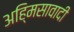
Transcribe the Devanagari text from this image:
अहि्मसावादी